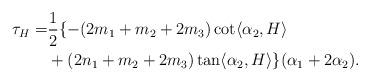
LaTeX: \begin{align*}\tau_{H}=&\frac{1}{2}\{ -(2m_{1}+m_{2}+2m_{3})\cot \langle \alpha_{2}, H \rangle \\&+(2n_{1}+m_{2}+2m_{3})\tan \langle \alpha_{2}, H \rangle\}(\alpha_{1}+2\alpha_{2}).\end{align*}